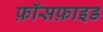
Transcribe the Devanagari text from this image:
फ़ॉसफ़ाइड